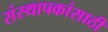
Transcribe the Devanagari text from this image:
संस्थापकांसाठी